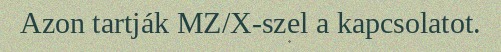
Azon tartják MZ/X-szel a kapcsolatot.